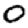
Digit: 0